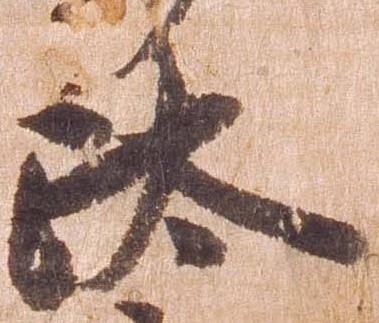
汰